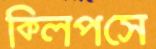
ক্লিপসে